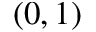
( 0 , 1 )